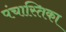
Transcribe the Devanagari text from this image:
पंचास्तिका